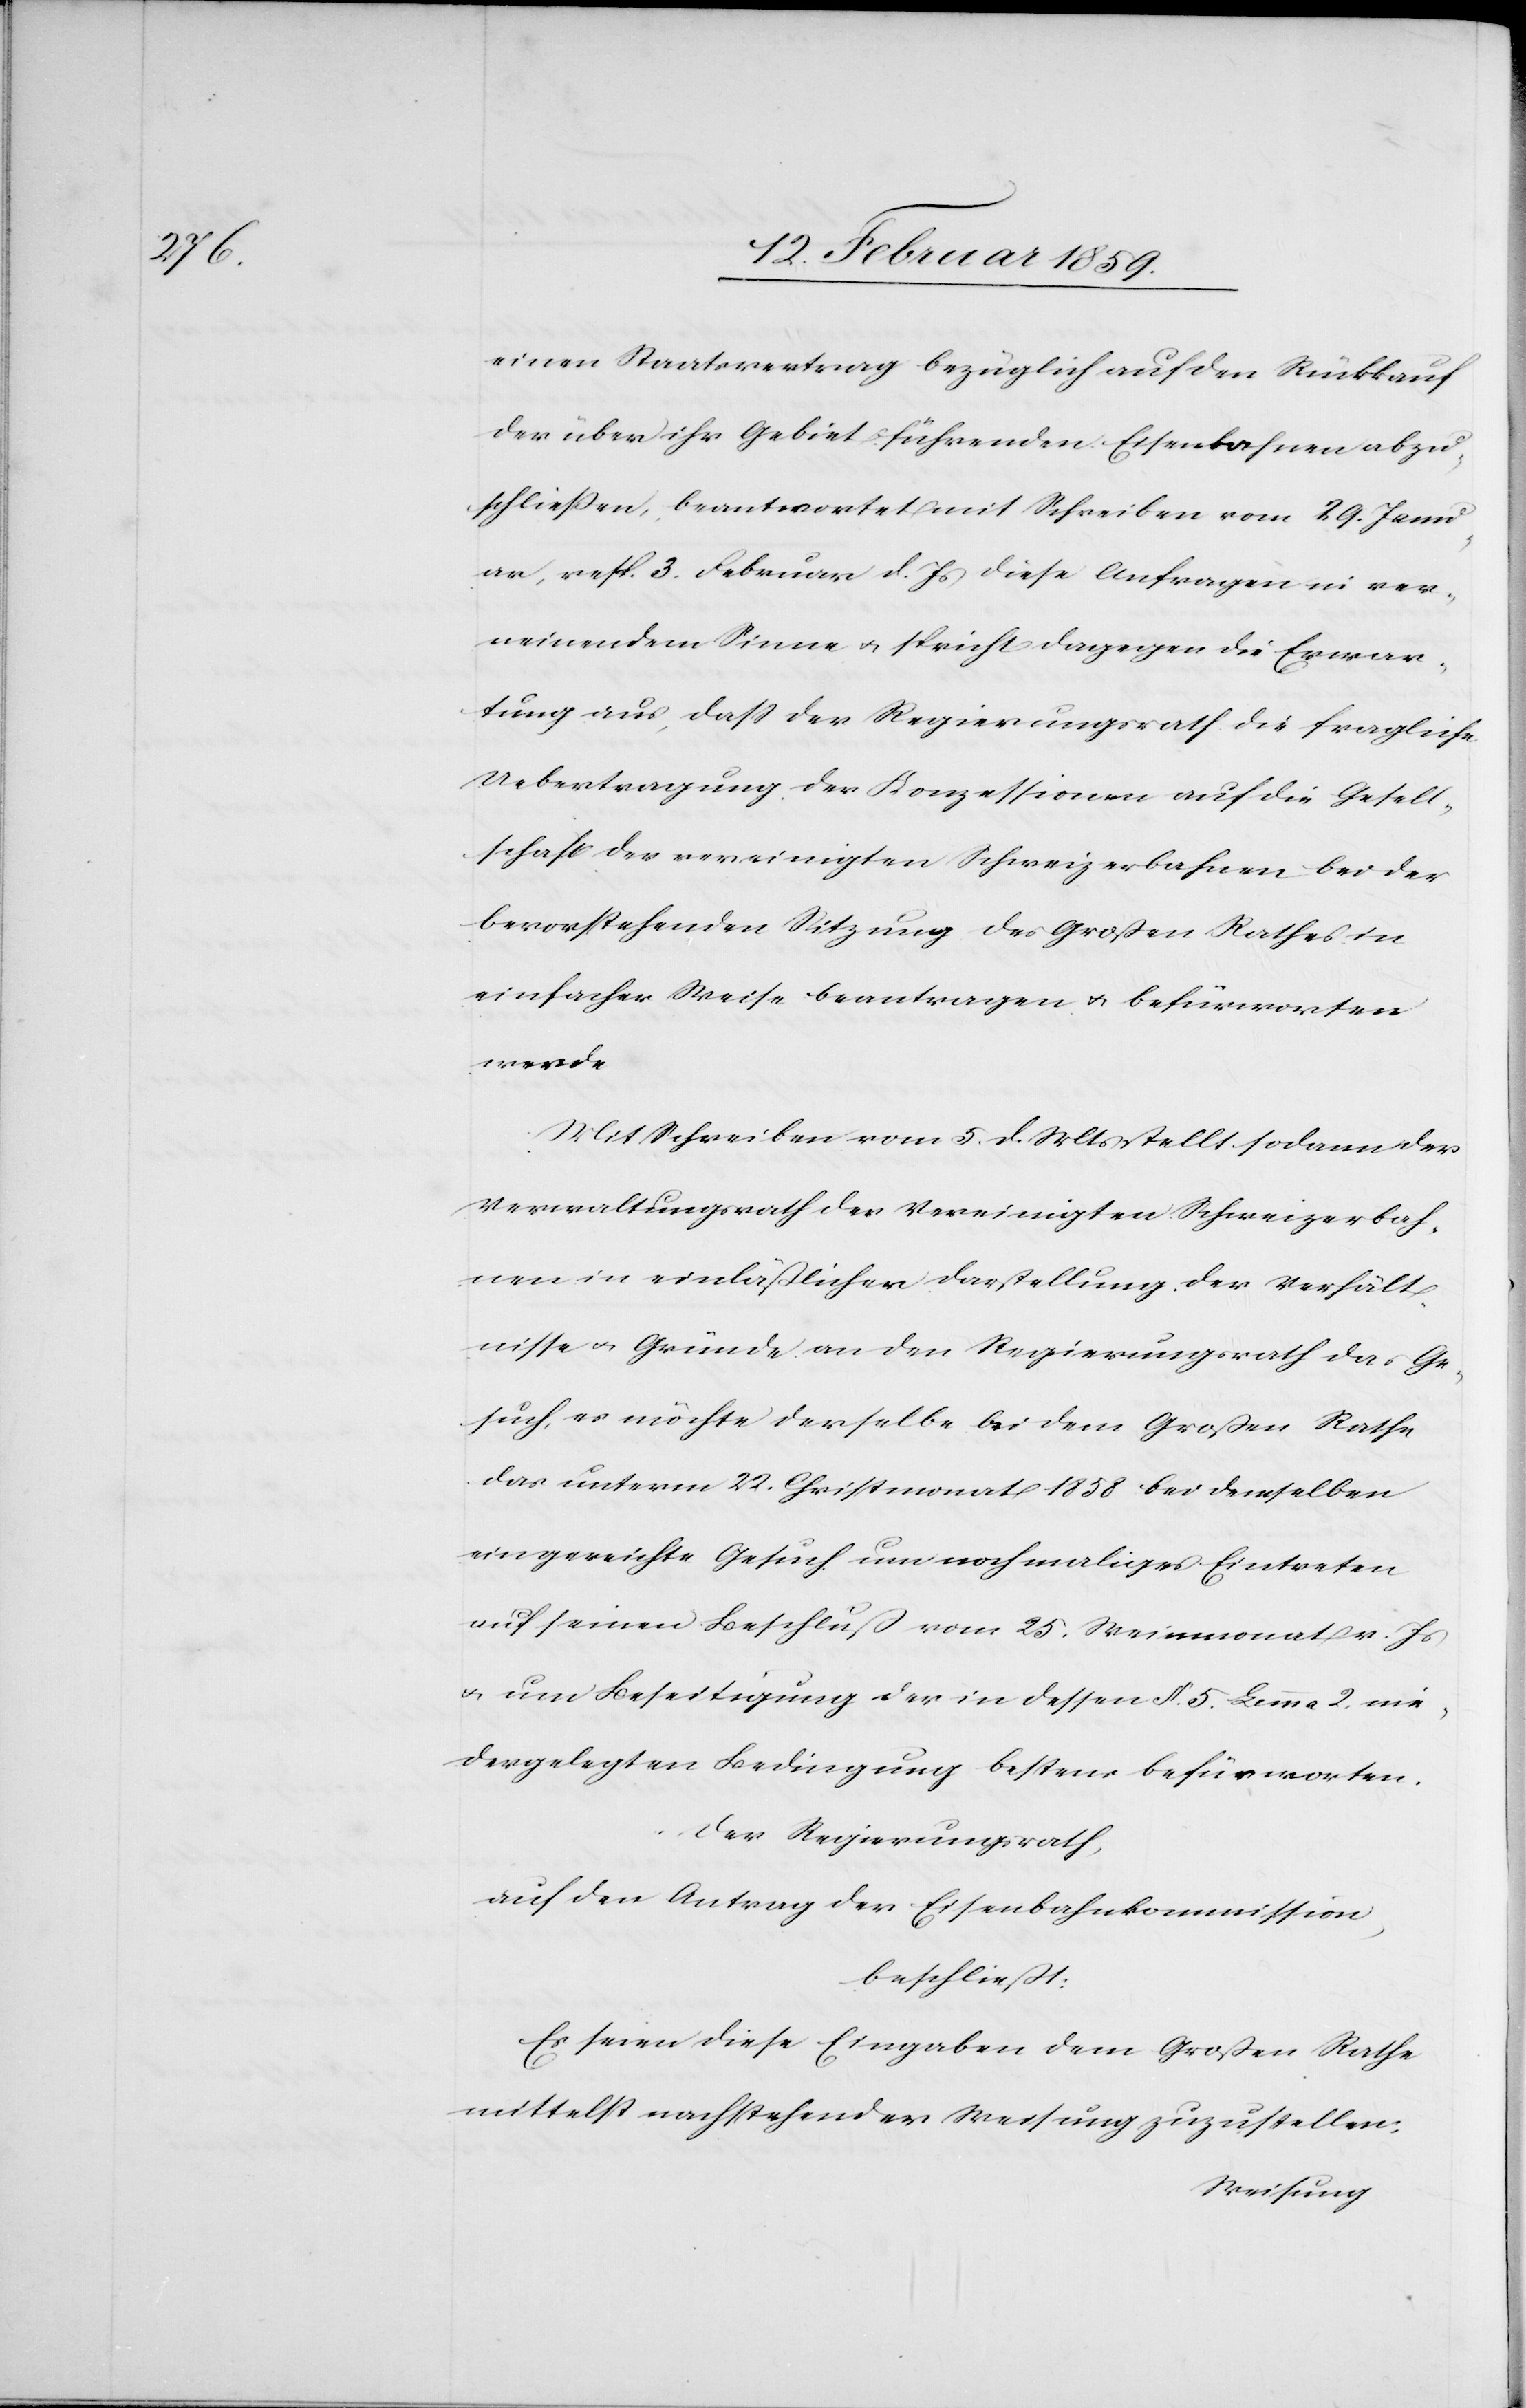
einen Staatsbeitrag bezüglich auf den Rückkauf
der über ihr Gebiet führenden Eisenbahnen abzu¬
schließen, beantwortet mit Schreiben vom 29. Janu¬
ar, resp. 3. Februar d. Js. diese Anfragen in ver¬
neinendem Sinne u. spricht dagegen die Erwar¬
tung aus, daß der Regierungsrath die fragliche
Uebertragung der Konzessionen auf die Gesell¬
schaft der vereinigten Schweizerbahnen bei der
bevorstehenden Sitzung des Großen Rathes in
einfacher Weise beantragen u. befürworten
werde.
Mit Schreiben vom 5. d. Mts. stellt sodann der
Verwaltungsrath der Vereinigten Schweizerbah¬
nen in einläßlicher Darstellung der Verhält¬
nisse u. Gründe an den Regierungsrath das Ge¬
such, es möchte derselbe bei dem Großen Rathe
das unterm 22. Christmonat 1858 bei demselben
eingereichte Gesuch um nochmaliges Eintreten
auf seinen Beschluß vom 25. Weinmonat v. Js
u. um Beseitigung der in dessen §. 5. Lemma 2. nie¬
dergelegten Bedingungen bestens befürworten.
Der Regierungsrath,
auf den Antrag der Eisenbahnkommission,
beschließt:
Es seien diese Eingaben dem Großen Rathe
mittelst nachstehender Weisung zuzustellen: